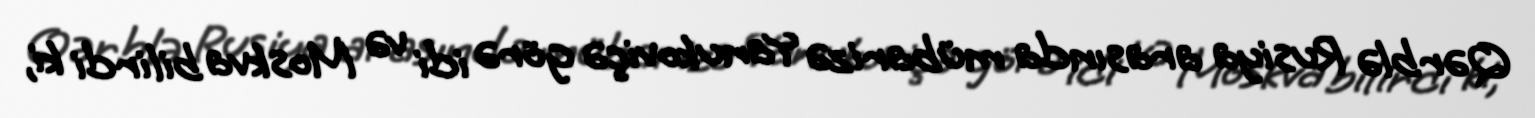
Qərblə Rusiya arasında mübarizə Yanukoviçə görə idi və Moskva bilirdi ki,